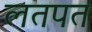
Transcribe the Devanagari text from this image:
लतपत